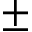
\pm